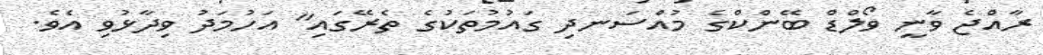
ރާއްޖެ ވާނީ ވޯލްޑް ބޭންކްގެ މުއްސަނދި ގައުމުތަކުގެ ތެރޭގައި" އަހުމަދު ވިދާޅުވި އެވެ.